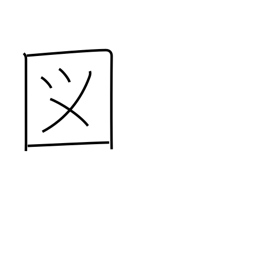
Meaning: extraordinary